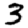
Digit: 3